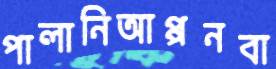
পালানিআপ্পনবা